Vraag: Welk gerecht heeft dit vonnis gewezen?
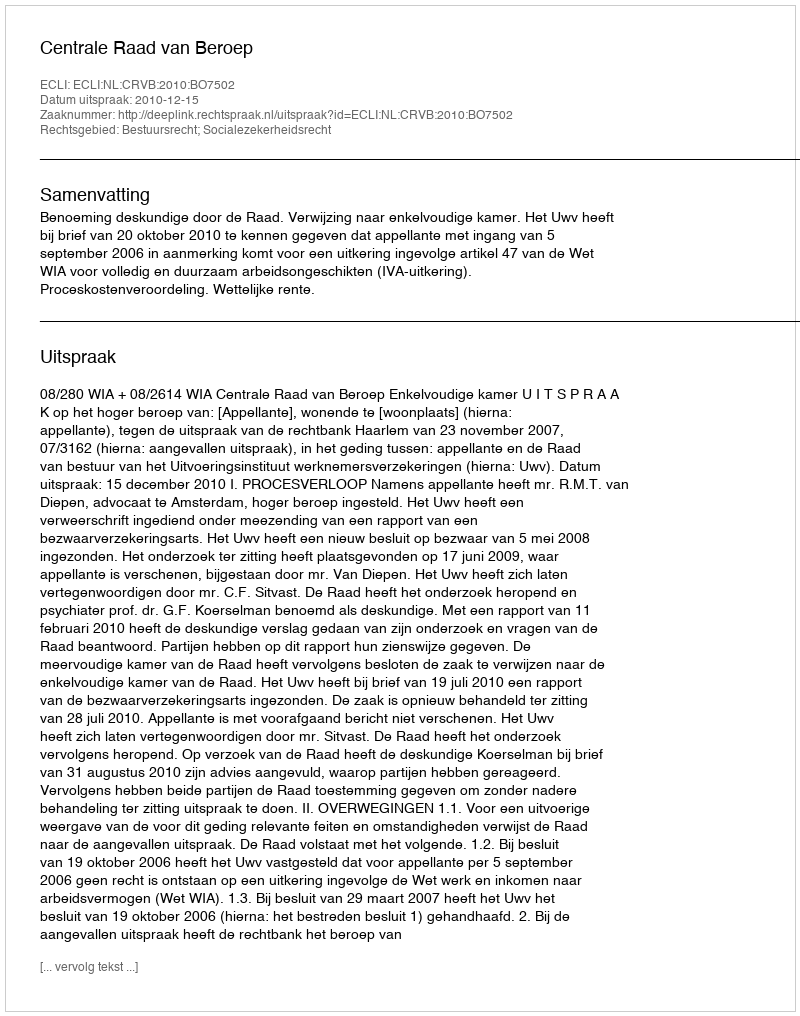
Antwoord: Centrale Raad van Beroep